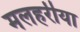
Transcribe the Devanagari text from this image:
मलहरीया